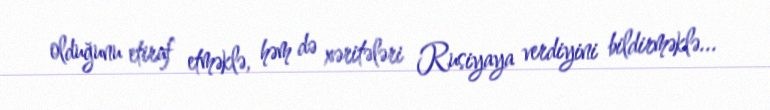
olduğunu etiraf etməklə, həm də xəritələri Rusiyaya verdiyini bildirməklə...